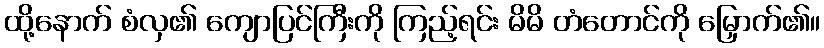
ထို့နောက် စံလှ၏ ကျောပြင်ကြီးကို ကြည့်ရင်း မိမိ တံတောင်ကို မြှောက်၏။